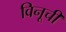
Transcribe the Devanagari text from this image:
विनूची